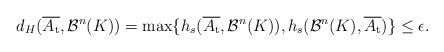
LaTeX: \begin{align*} d_{H}(\overline{A_{\mathrm{t}}},\mathcal{B}^{n}(K))=\max\{ h_{s}(\overline{A_{\mathrm{t}}},\mathcal{B}^{n}(K)) , h_{s}(\mathcal{B}^{n}(K),\overline{A_{\mathrm{t}}})\} \leq\epsilon. \end{align*}